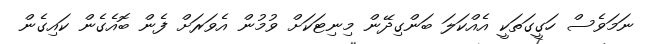
ނަމަވެސް ހަގީގަތަކީ އެއްކަލަ ބަންގިދޭން މިނިޓަކަށް ވުމުން އެވަރަށް ފެން ބޮއެގެން ކައިގެން